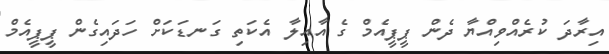
އިރާދަ ކުރެއްވިއްޔާ ދެން ޕީޕީއެމް ގެ އާއިލާ އެކަތި ގަނޑަކަށް ހަދައިގެން ޕީޕީއެމް